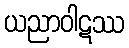
ယညာဝါဋဿ